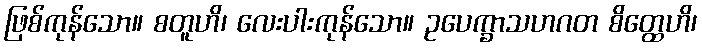
ဖြစ်ကုန်သော။ စတူဟိ၊ လေးပါးကုန်သော။ ဥပေက္ခာသဟဂတ စိတ္ထေဟိ၊